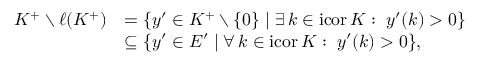
\begin{array} { r l } { K ^ { + } \setminus \ell ( K ^ { + } ) } & { = \{ y ^ { \prime } \in K ^ { + } \setminus \{ 0 \} \mid \exists \, k \in \mathrm { i c o r } \, K : \; y ^ { \prime } ( k ) > 0 \} } \\ & { \subseteq \{ y ^ { \prime } \in E ^ { \prime } \mid \forall \, k \in \mathrm { i c o r } \, K : \; y ^ { \prime } ( k ) > 0 \} , } \end{array}